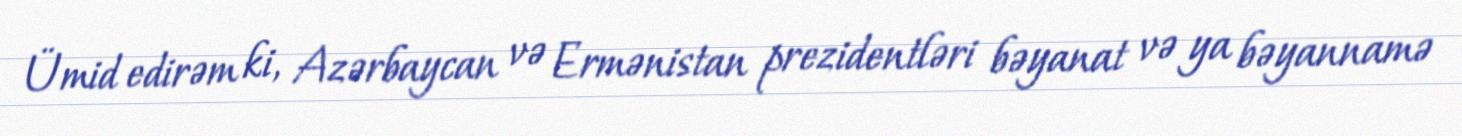
Ümid edirəm ki, Azərbaycan və Ermənistan prezidentləri bəyanat və ya bəyannamə